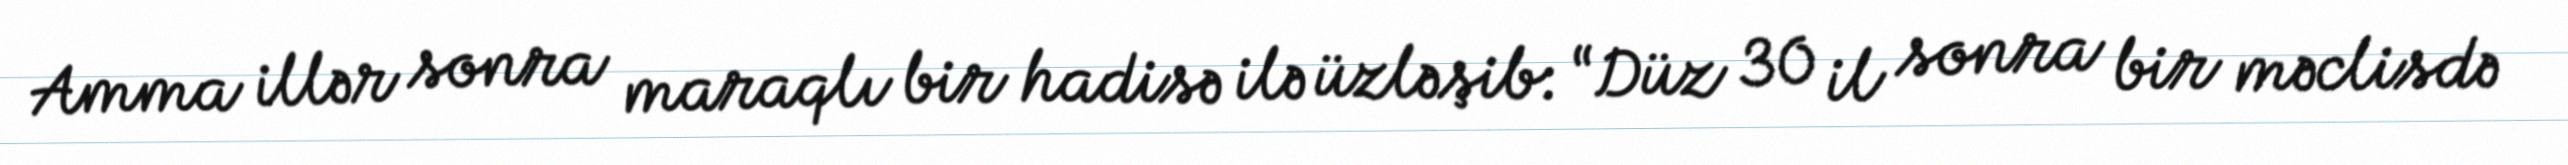
Amma illər sonra maraqlı bir hadisə ilə üzləşib: “Düz 30 il sonra bir məclisdə